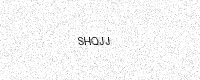
Text: SHQJJ